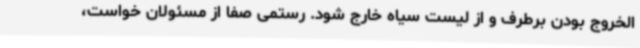
الخروج بودن برطرف و از لیست سیاه خارج شود. رستمی صفا از مسئولان خواست،